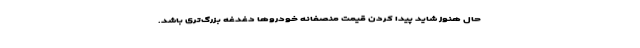
حال هنوز شاید پیدا کردن قیمت منصفانه خودروها دغدغه بزرگ‌تری باشد.